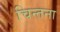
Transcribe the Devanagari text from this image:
चिन्तना